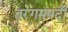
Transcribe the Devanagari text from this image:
तरंगमपदी